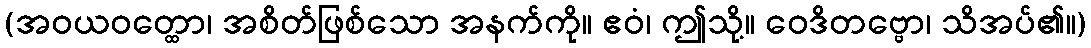
(အဝယဝတ္ထော၊ အစိတ်ဖြစ်သော အနက်ကို။ ဧဝံ၊ ဤသို့။ ဝေဒိတဗ္ဗော၊ သိအပ်၏။)